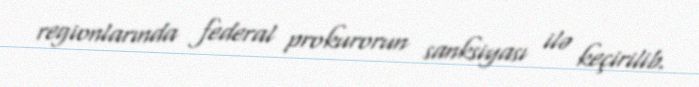
regionlarında federal prokurorun sanksiyası ilə keçirilib.